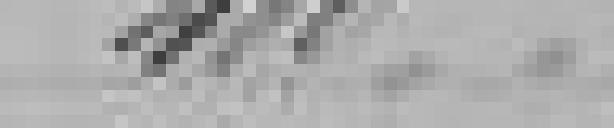
400,00